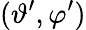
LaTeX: (\vartheta^{\prime},\varphi^{\prime})